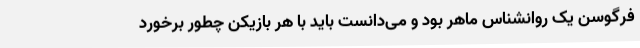
فرگوسن یک روانشناس ماهر بود و می‌دانست باید با هر بازیکن چطور برخورد